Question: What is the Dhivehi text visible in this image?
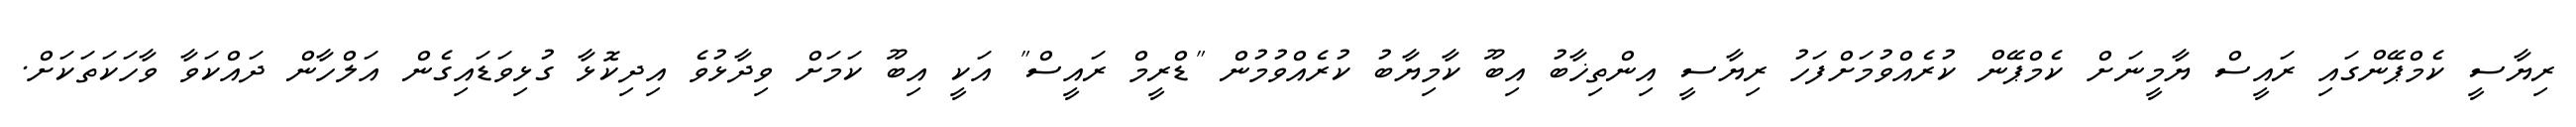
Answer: ރިޔާސީ ކެމްޕޭންގައި ރައީސް ޔާމީނަށް ކެމްޕޭން ކުރެއްވުމަށްފަހު ރިޔާސީ އިންތިޚާބު އިބޫ ކާމިޔާބު ކުރެއްވުމުން "ޑްރީމް ރައީސް" އަކީ އިބޫ ކަމަށް ވިދާޅުވެ އިދިކޮޅާ ގުޅިވަޑައިގެން އަލްހާން ދައްކަވާ ވާހަކަތަކަށް.